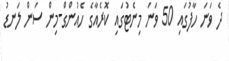
ދެ ވަނަ ހާފުގައި 50 ވަނަ މިނެޓުގައި ކޮރެއާގެ ހެއުންގް-މިން ސަން ލަނޑު